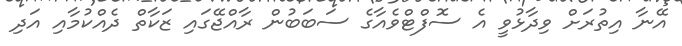
އޭނާ އިތުރަށް ވިދާޅުވީ އެ ސޮފްޓްވެއާގެ ސަބަބުން ރާއްޖޭގައި ޒަކާތް ދެއްކުމާއި އަދި